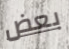
بعض